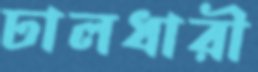
ঢালধারী